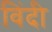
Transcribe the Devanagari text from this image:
विंदी